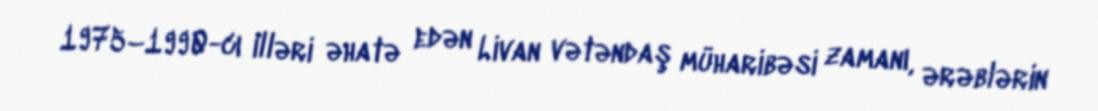
1975–1990-cı illəri əhatə edən Livan vətəndaş müharibəsi zamanı, ərəblərin